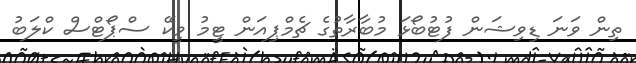
ތިން ވަނަ ޑިވިޝަން ފުޓުބޯޅަ މުބާރާތުގެ ޗެމްޕިއަން ޓީމު ވީކޭ ސްޕޯޓްސް ކްލަބު